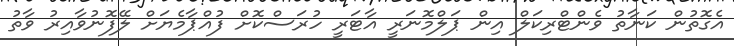
އެގޮތުން ކަނާތު ވެންޓްރިކަލް އިން ޕަލްމޮނަރީ އާޓަރީ ހުރަސްކޮށް ފުއްޕާމެޔަށް ލޭފޮނުވާއިރު ވާތު